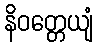
နိဝတ္တေယျံ